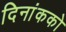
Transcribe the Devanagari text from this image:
दिनांकको